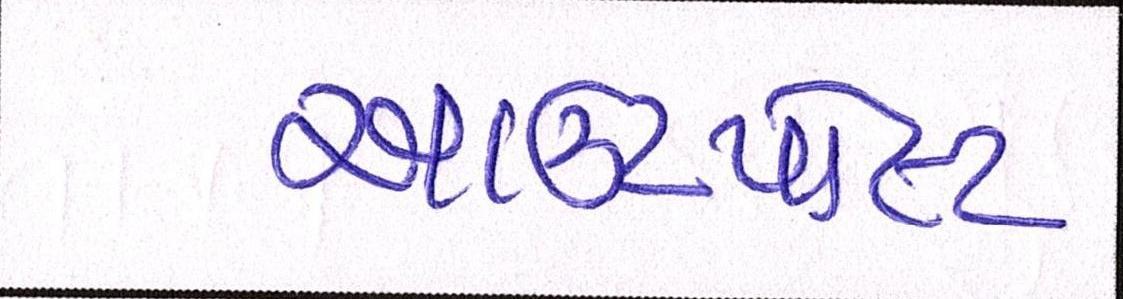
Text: આઉટપોસ્ટ